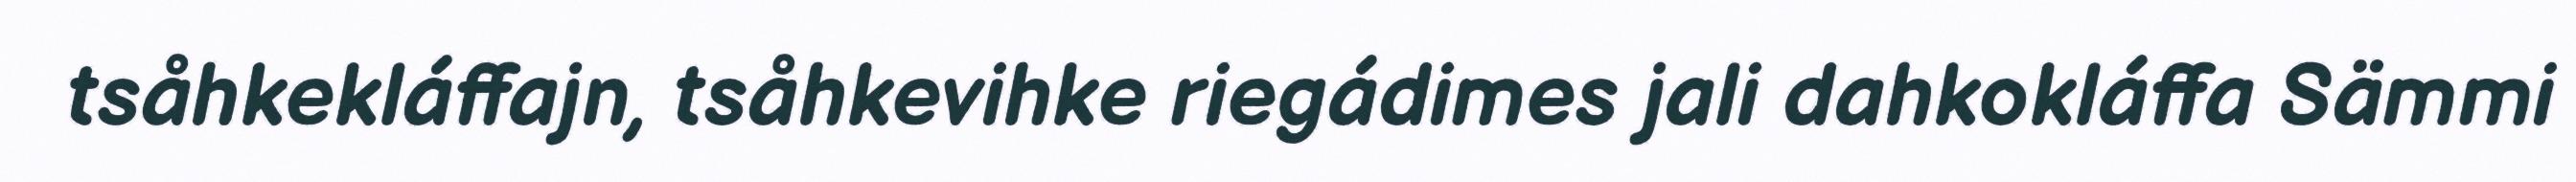
tsåhkekláffajn, tsåhkevihke riegádimes jali dahkokláffa Sämmi